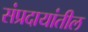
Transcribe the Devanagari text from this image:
संप्रदायांतील